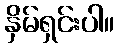
နှိမ်ရှင်းပါ။